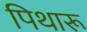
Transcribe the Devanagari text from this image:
पिथारू